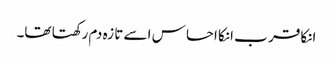
انکا قر ب انکا احسا س اسے تا زہ دم رکھتا تھا۔